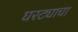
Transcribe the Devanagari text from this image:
घरट्याचा